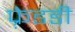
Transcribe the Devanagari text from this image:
फ़्रेडडी